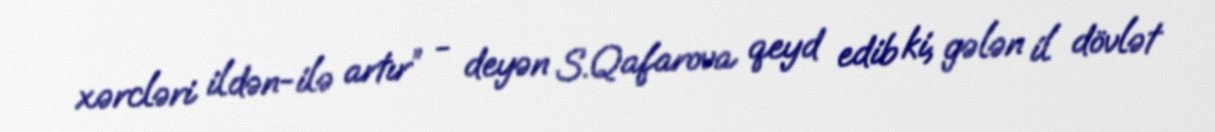
xərcləri ildən-ilə artır” - deyən S.Qafarova qeyd edib ki, gələn il dövlət